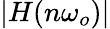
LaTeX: |H(n\omega_{o})|